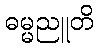
ဓမ္မညူတိ